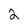
Character: 2